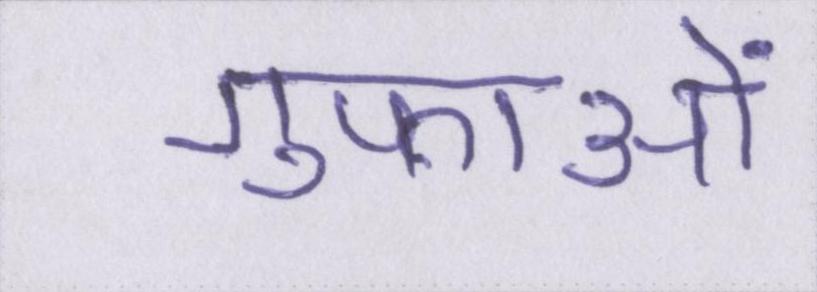
गुफाओं